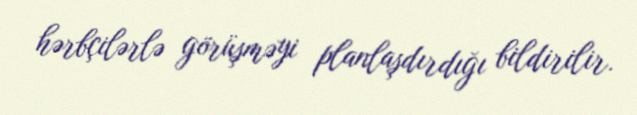
hərbçilərlə görüşməyi planlaşdırdığı bildirilir.